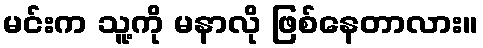
မင်းက သူ့ကို မနာလို ဖြစ်နေတာလား။